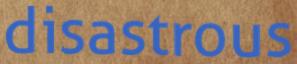
disastrous